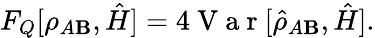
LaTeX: F_{Q}[\rho_{A\mathbf{B}},\hat{{H}}]=4\mathrm{{~V~a~r~}}[\hat{{\rho}}_{A\mathbf{B}},\hat{{H}}].